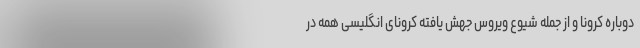
دوباره کرونا و از جمله شیوع ویروس جهش یافته کرونای انگلیسی همه در